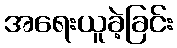
အရေးယူခဲ့ခြင်း